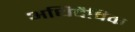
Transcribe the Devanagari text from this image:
अधिदैविक